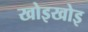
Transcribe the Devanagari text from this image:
खोइखोइ